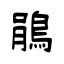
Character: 鵑